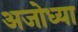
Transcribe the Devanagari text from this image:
अजोध्या